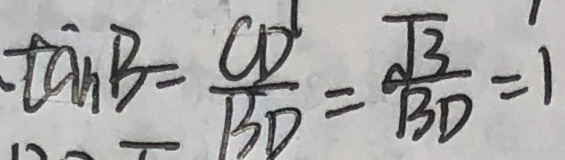
\tan B = \frac { C D } { B D } = \frac { \sqrt { 3 } } { B D } = 1